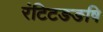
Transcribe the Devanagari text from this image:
रंटिटङङषि